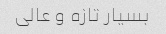
بسیار تازه و عالی